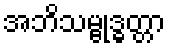
အဘိသမ္ဗုဒ္ဓတ္တာ